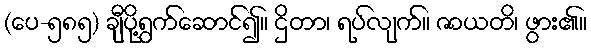
(ပေ-၅၈၅) ချီပို့ရွက်ဆောင်၍။ ဌိတာ၊ ရပ်လျက်။ ဇာယတိ၊ ဖွား၏။